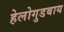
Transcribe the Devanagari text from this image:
हेलोगुडबाय